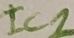
Text: IC2